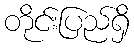
တိုင်းပြည်ရှိ